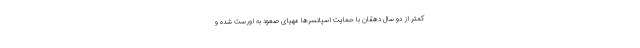
کمتر از دو سال دهقان با حمایت اسپانسرها مهیای صعود به اورست شده و